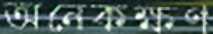
অনেকক্ষণ